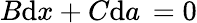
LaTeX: B{\mathrm{d}}x+C{\mathrm{d}}a\, =0